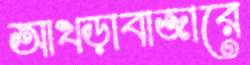
আখড়াবাজারে